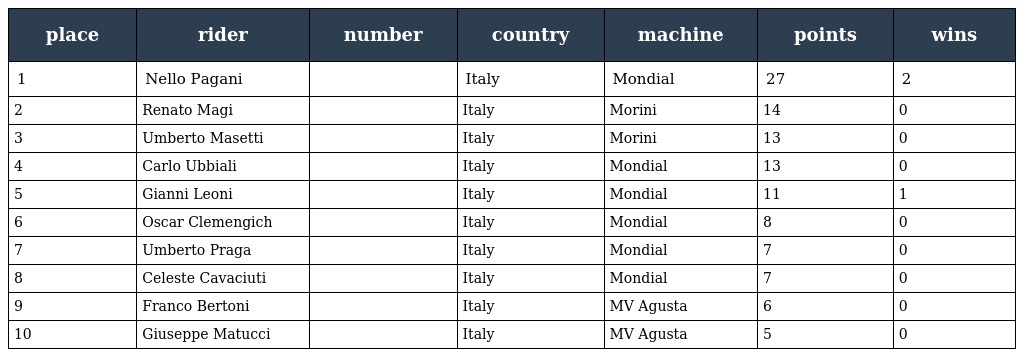
| place | rider | number | country | machine | points | wins |
 | --- | --- | --- | --- | --- | --- | --- |
 | 1 | Nello Pagani |  | Italy | Mondial | 27 | 2 |
 | 2 | Renato Magi |  | Italy | Morini | 14 | 0 |
 | 3 | Umberto Masetti |  | Italy | Morini | 13 | 0 |
 | 4 | Carlo Ubbiali |  | Italy | Mondial | 13 | 0 |
 | 5 | Gianni Leoni |  | Italy | Mondial | 11 | 1 |
 | 6 | Oscar Clemengich |  | Italy | Mondial | 8 | 0 |
 | 7 | Umberto Praga |  | Italy | Mondial | 7 | 0 |
 | 8 | Celeste Cavaciuti |  | Italy | Mondial | 7 | 0 |
 | 9 | Franco Bertoni |  | Italy | MV Agusta | 6 | 0 |
 | 10 | Giuseppe Matucci |  | Italy | MV Agusta | 5 | 0 |